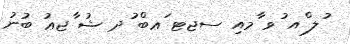
ުލ ްއ ުވ ާމއި ސޖޓ ަޢބް ުދ ޝު ާޖޢު ބުނު